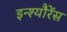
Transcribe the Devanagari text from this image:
इन्श्यौरेंस